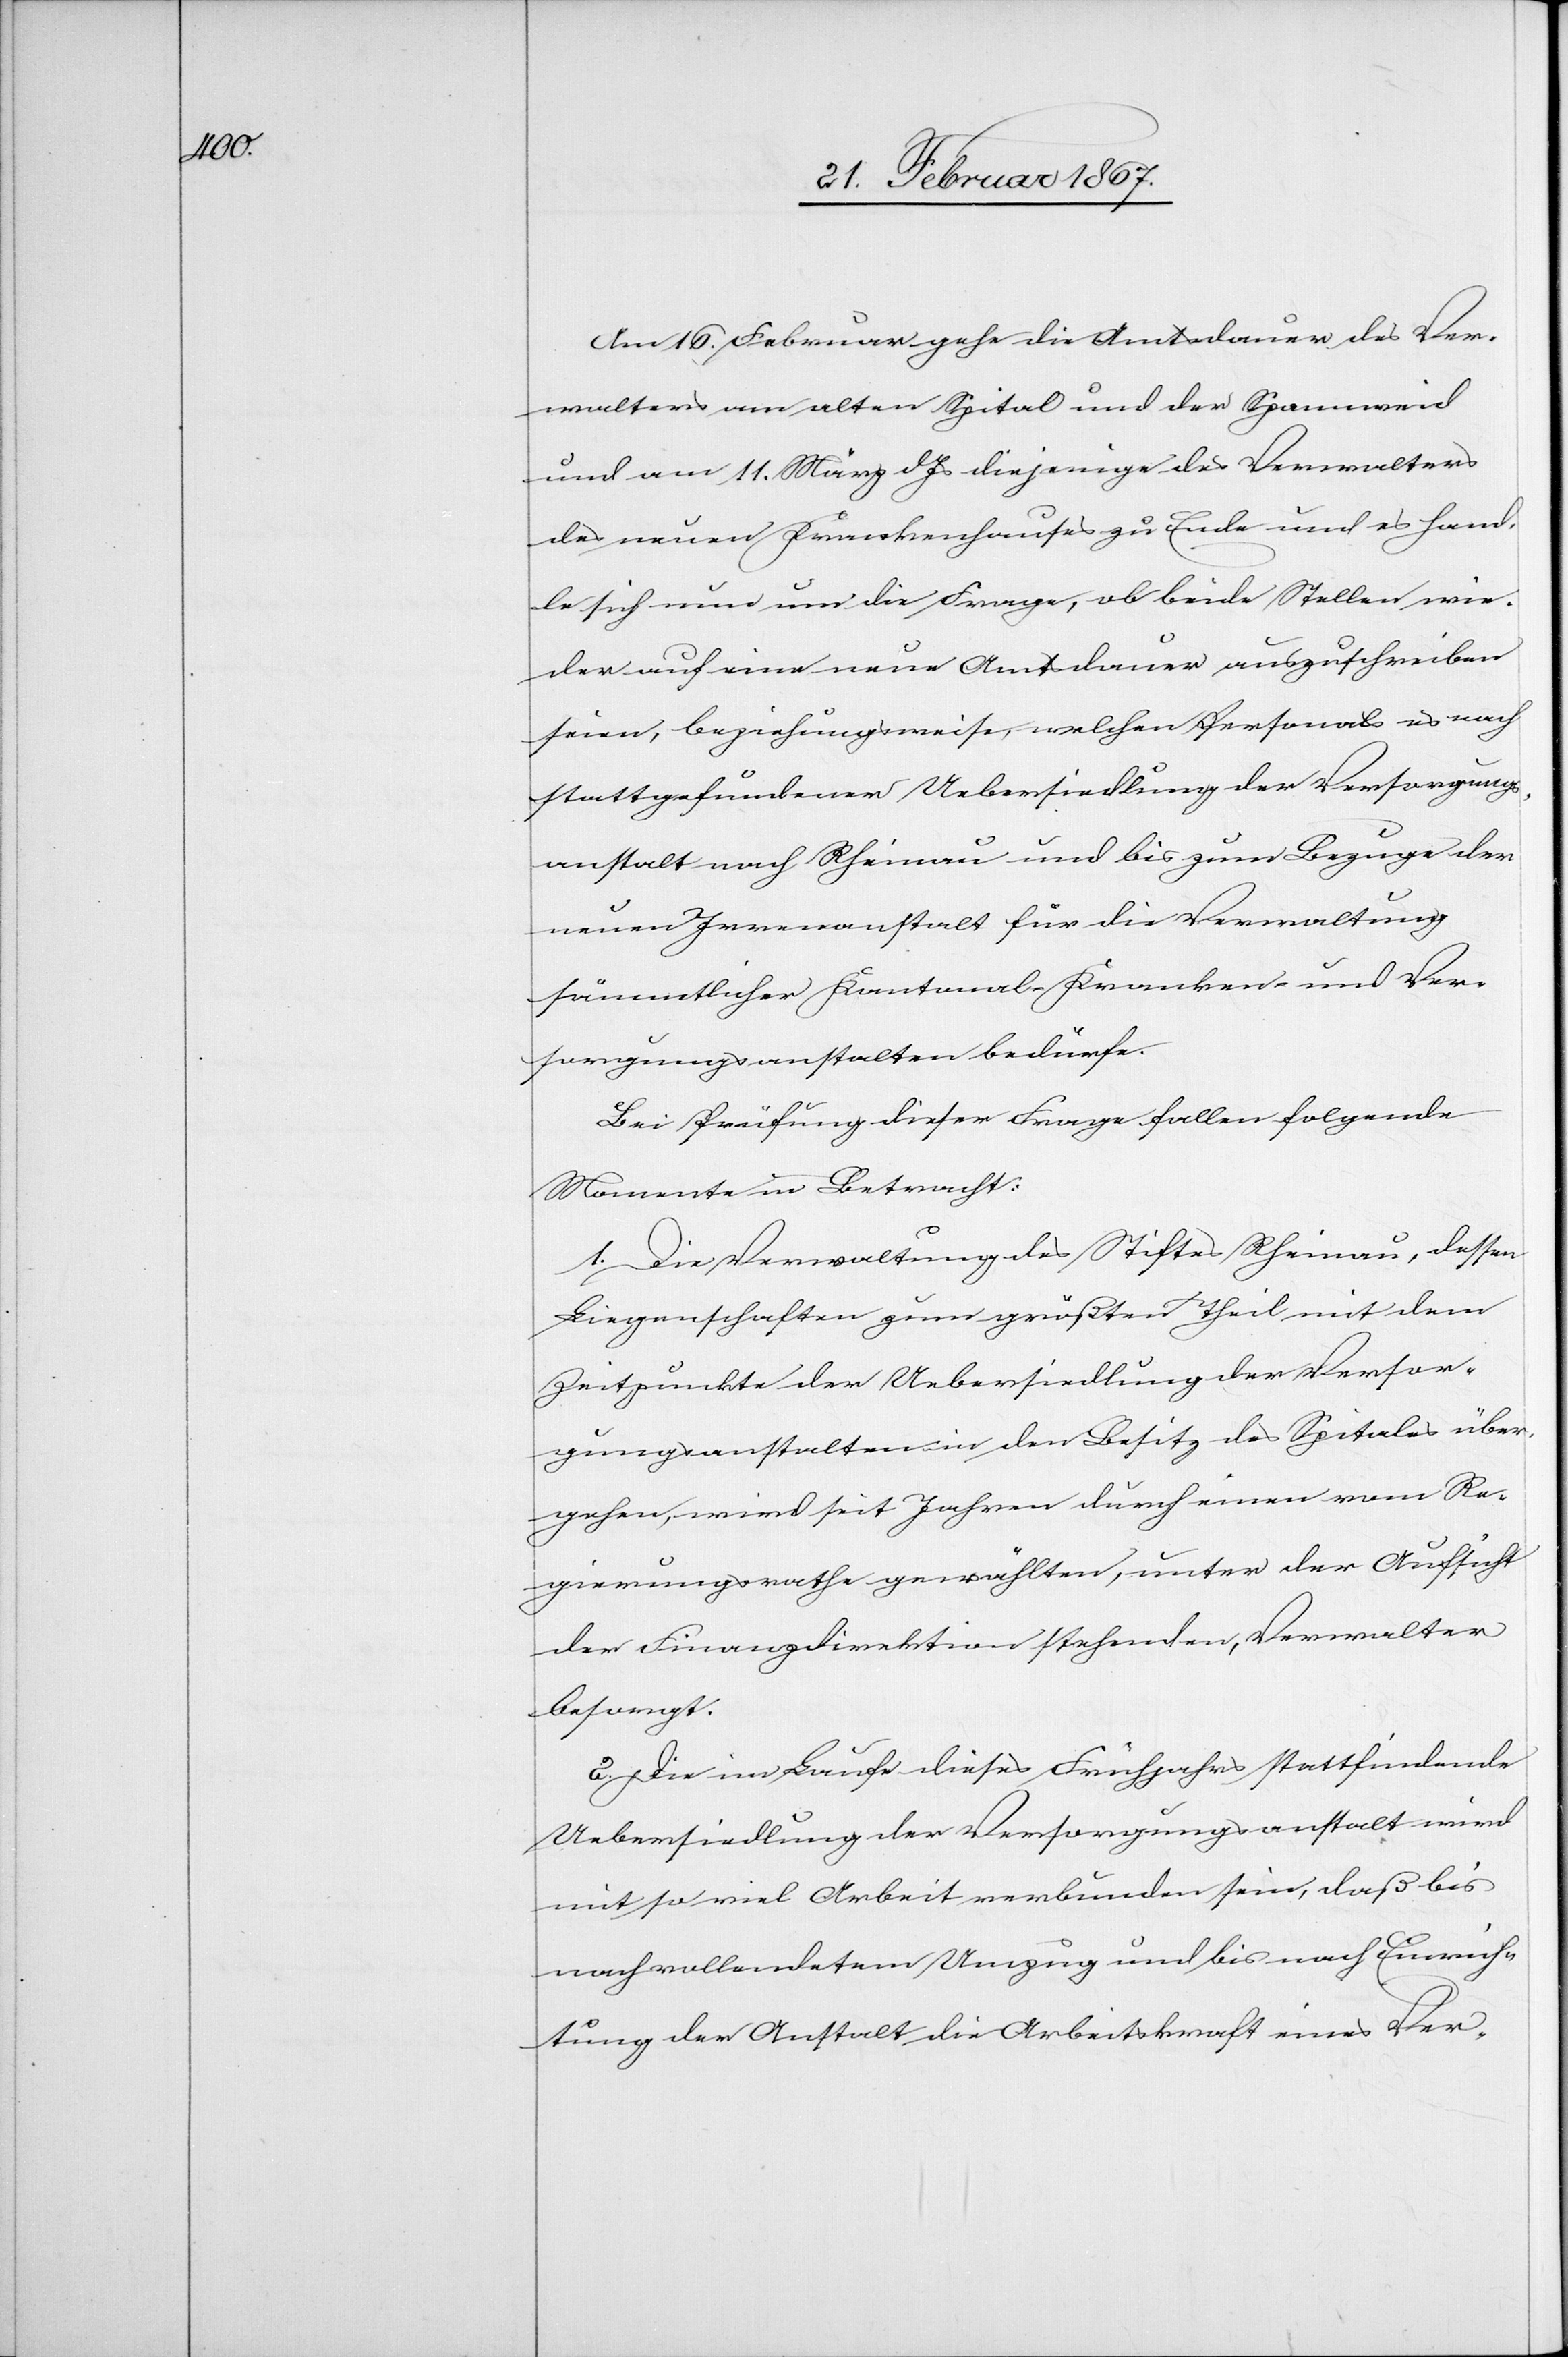
Am 16. Februar gehe die Amtsdauer des Ver¬
walters am alten Spital und der Spannweid
und am 11. März d. Js diejenige des Verwalters
des neuen Krankenhauses zu Ende und es hand¬
le sich nun um die Frage, ob beide Stellen wie¬
der auf eine neue Amtsdauer auszuschreiben
seien, beziehungsweise, welchen Personals es nach
stattgefundener Uebersiedlung der Versorgungs¬
anstalt nach Rheinau und bis zum Bezuge der
neuen Irrenanstalt für die Verwaltung
sämmtlicher Kantonal-Kranken- und Ver¬
sorgungsanstalten bedürfe.
Bei Prüfung dieser Frage fallen folgende
Momente in Betracht:
1. Die Verwaltung des Stiftes Rheinau, dessen
Liegenschaften zum größten Theil mit dem
Zeitpunkte der Uebersiedlung der Versor¬
gungsanstalten in den Besitz des Spitals über¬
gehen, wird seit Jahren durch einen vom Re¬
gierungsrathe gewählten, unter der Aufsicht
der Finanzdirektion stehenden, Verwalter
besorgt.
2. Die im Laufe dieses Frühjahres stattfindende
Uebersiedlung der Versorgungsanstalt wird
mit so viel Arbeit verbunden sein, daß bis
nach vollendetem Umzug und bis nach Einrich¬
tung der Anstalt die Arbeitskraft eines Ver-